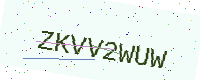
Text: ZKVV2WUW